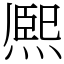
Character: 熈